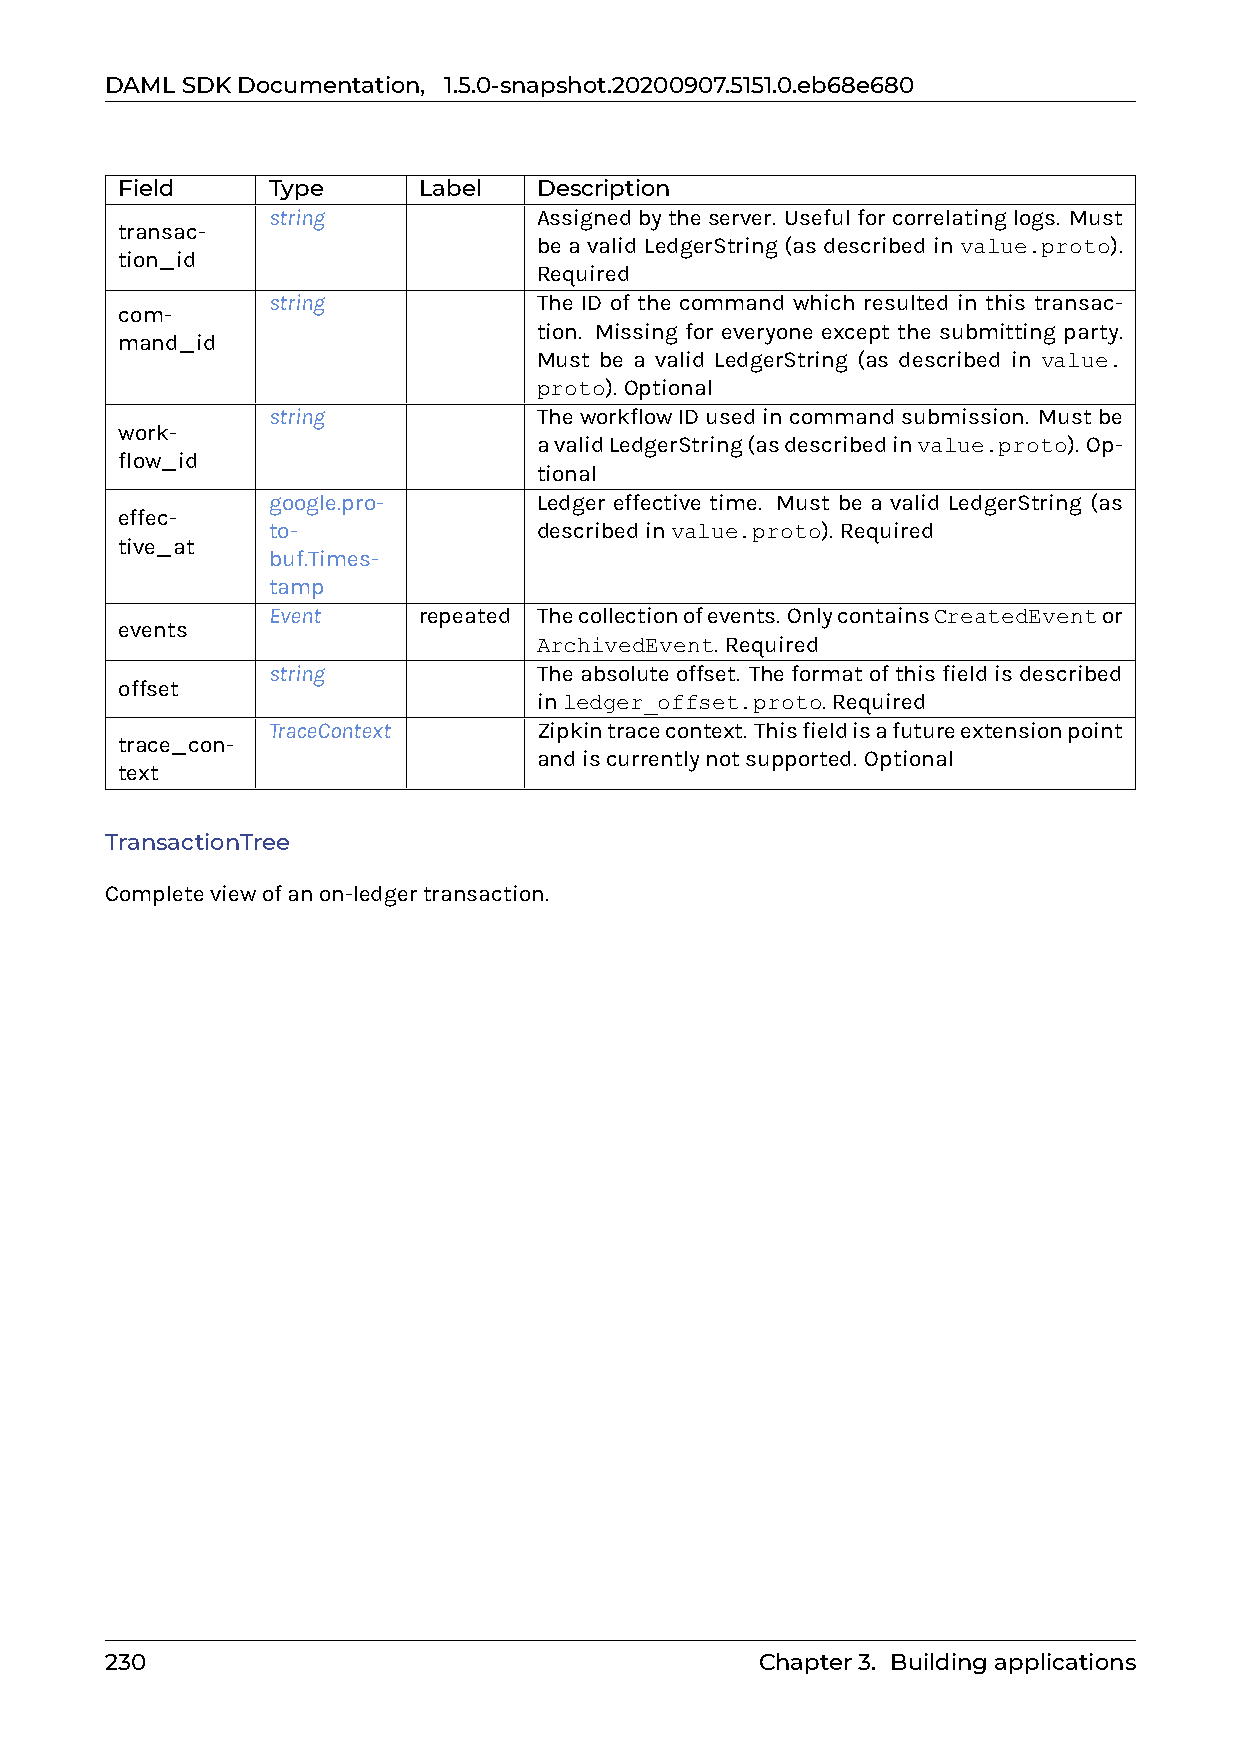
DAMLSDKDocumentation, 1.5.0-snapshot.20200907.5151.0.eb68e680
 Field     Type      Label   Description
 string            Assignedbytheserver. Usefulforcorrelatinglogs. Must
 transac-
 be a valid LedgerString (as described in value.proto).
 tion_id
 Required
 string            The ID of the command which resulted in this transac-
 com-
 tion. Missing for everyone except the submitting party.
 mand_id
 Must be a valid LedgerString (as described in value.
 proto). Optional
 string            TheworkflowIDusedincommandsubmission. Mustbe
 work-
 avalidLedgerString(asdescribedinvalue.proto). Op-
 flow_id
 tional
 google.pro-       Ledger effective time. Must be a valid LedgerString (as
 effec-
 to-               describedinvalue.proto). Required
 tive_at
 buf.Times-
 tamp
 Event     repeated Thecollectionofevents. OnlycontainsCreatedEventor
 events
 ArchivedEvent. Required
 string            Theabsoluteoffset. Theformatofthisfieldisdescribed
 offset
 inledger_offset.proto. Required
 TraceContext      Zipkintracecontext. Thisfieldisafutureextensionpoint
 trace_con-
 andiscurrentlynotsupported. Optional
 text
 TransactionTree
 Completeviewofanon-ledgertransaction.
 230                                        Chapter3. Buildingapplications